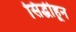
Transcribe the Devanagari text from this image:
सिद्धीहून